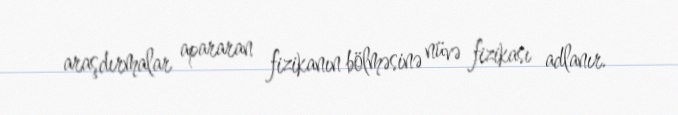
araşdırmalar apararan fizikanın bölməsinə nüvə fizikası adlanır.